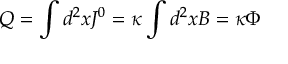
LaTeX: Q = \int d ^ { 2 } x J ^ { 0 } = \kappa \int d ^ { 2 } x B = \kappa \Phi